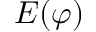
E ( \varphi )